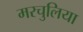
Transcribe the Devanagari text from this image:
मरचुलिया